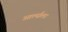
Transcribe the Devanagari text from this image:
आर्ल्सला